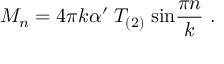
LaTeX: M _ { n } = 4 \pi k \alpha ^ { \prime } \; T _ { ( 2 ) } \; \mathrm { s i n } { \frac { \pi n } { k } } \ .